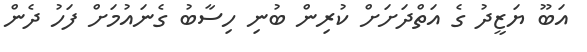
އަބޫ ޔަޒީދު ގެ އަތްދަށަށް ކުރިން ބުނި ހިސާބު ގެނައުމަށް ފަހު ދެން